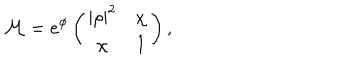
{ \cal M } = e ^ { \phi } \left( \begin{array} { c c } { { | \rho | ^ { 2 } } } & { { \chi } } \\ { { \chi } } & { { 1 } } \\ \end{array} \right) ,